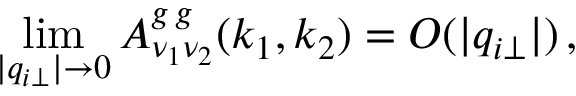
\operatorname * { l i m } _ { | q _ { i \perp } | \rightarrow 0 } A _ { \nu _ { 1 } \nu _ { 2 } } ^ { g \, g } ( k _ { 1 } , k _ { 2 } ) = O ( | q _ { i \perp } | ) \, ,